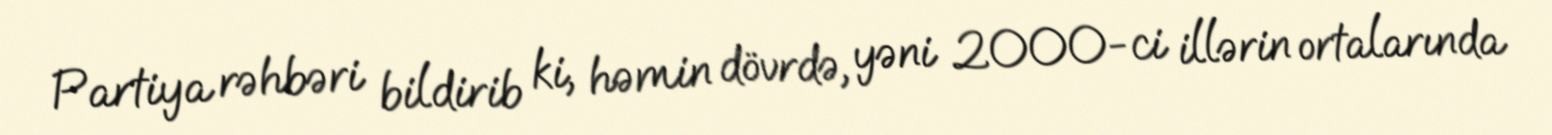
Partiya rəhbəri bildirib ki, həmin dövrdə, yəni 2000-ci illərin ortalarında